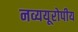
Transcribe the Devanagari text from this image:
नव्ययूरोपीय